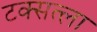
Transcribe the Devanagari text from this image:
टक्सत्ला